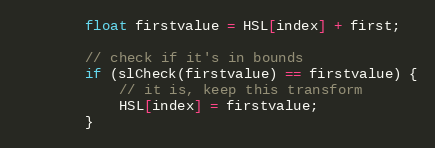
Language: Java
        float firstvalue = HSL[index] + first;

        // check if it's in bounds
        if (slCheck(firstvalue) == firstvalue) {
            // it is, keep this transform
            HSL[index] = firstvalue;
        }